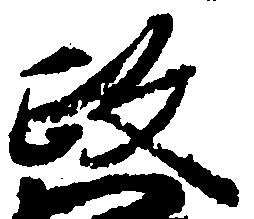
政